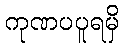
ကုဏပပူရမှိ